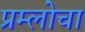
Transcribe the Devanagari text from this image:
प्रम्लोचा